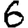
Digit: 6